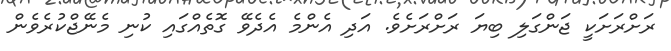
ރަށްރަށަކީ ޖަންގަލި ބިޔަ ރަށްރަށެެވެެ. އަދި އެންމެެ އެެދެވޭ ގޮތެެއްގައި ކުނި މެނޭޖްކުރެވެން